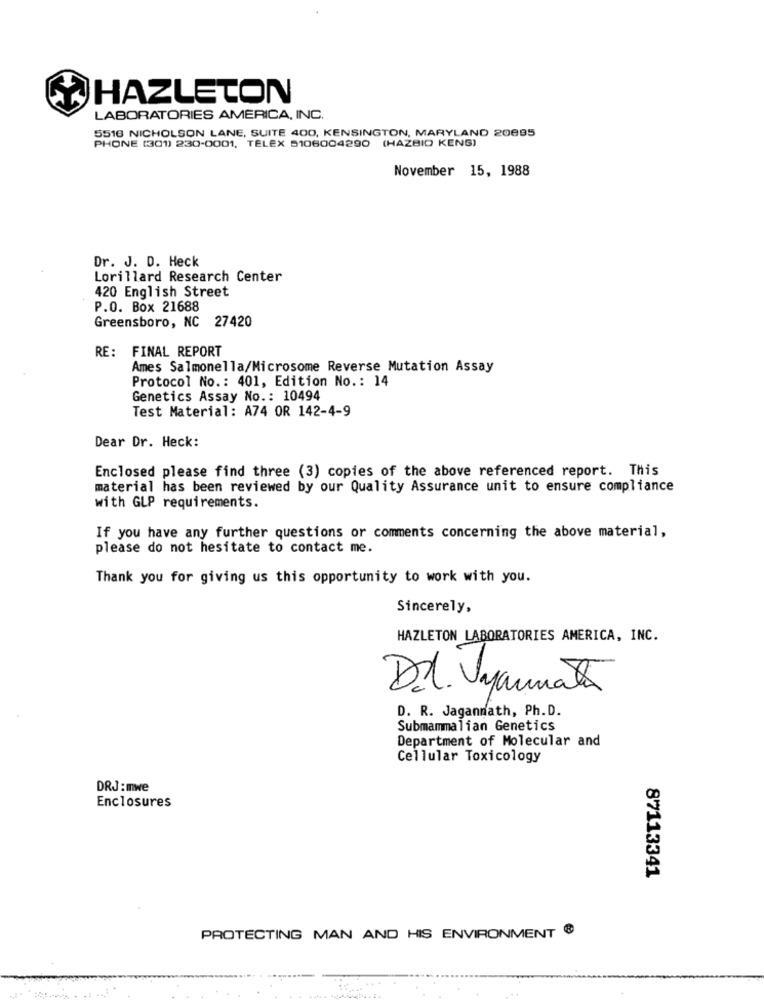
HAZLETON
LABORATORIES AMERICA, INC.
5516 NICHOLSON LANE, SUITE 400, KENSINGTON, MARYLAND 20095
PHONE (301) 230-0001, TELEX 5106004290 (HAZBIO KENS)
November 15, 1988
Dr. J. D. Heck
Lorillard Research Center
420 English Street
P.O. Box 21688
Greensboro, NC 27420
RE: FINAL REPORT
Ames Salmonella/Microsome Reverse Mutation Assay
Protocol No .: 401, Edition No .: 14
Genetics Assay No .: 10494
Test Material: A74 OR 142-4-9
Dear Dr. Heck:
Enclosed please find three (3) copies of the above referenced report. This
material has been reviewed by our Quality Assurance unit to ensure compliance
with GLP requirements.
If you have any further questions or comments concerning the above material,
please do not hesitate to contact me.
Thank you for giving us this opportunity to work with you.
Sincerely,
HAZLETON LABORATORIES AMERICA, INC.
D. Vyannata
D. R. Jagannath, Ph. D.
Submammalian Genetics
Department of Molecular and
Cellular Toxicology
DRJ : mwe
Enclosures
87113341
PROTECTING MAN AND HIS ENVIRONMENT &